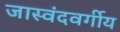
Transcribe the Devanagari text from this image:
जास्वंदवर्गीय